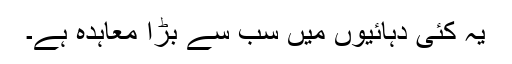
یہ کئی دہائیوں میں سب سے بڑا معاہدہ ہے۔